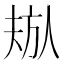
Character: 𬀁